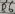
Text: D5